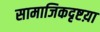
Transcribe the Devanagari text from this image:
सामाजिकदृष्टय़ा